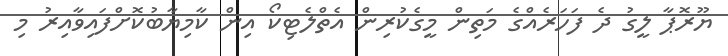
ޔޫރޮޕާ ލީގު ދެ ފަހަރެއްގެ މަތިން މީގެކުރިން އެތްލެޓިކޯ އިން ކާމިޔާބުކޮށްފައިވާއިރު މި